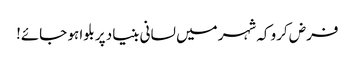
فرض کرو کہ شہر میں لسانی بنیاد پر بلوا ہو جائے!